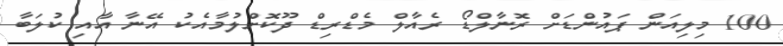
100 މިލިއަން ޕައުންޑަށް ރޮނާލްޑޯ ރެއާލް މެޑްރިޑް ދޫކޮށްލުމާއެކު އޭނާ އާއި ކުލަބާ